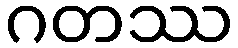
ဂတဿ